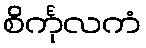
စိင်္ကုလကံ